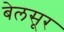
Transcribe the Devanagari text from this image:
बेलसूर